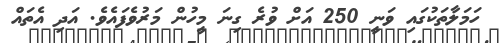
ހަމަލާތަކުގައި ވަނީ 250 އަށް ވުރެ ގިނަ މީހުން މަރުވެފައެވެ. އަދި އެތައް